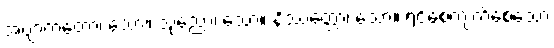
အဗျာကတော၊ သော။ သုညော၊ သော။ နိဿတ္တော၊ သော။ ရင့်စေကျက်စေသော